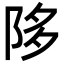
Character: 陊